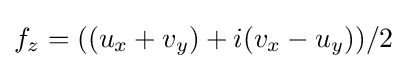
\displaystyle f_{z}=((u_{x}+v_{y})+i(v_{x}-u_{y}))/2